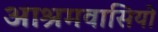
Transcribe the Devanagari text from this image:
आश्रमवासियो